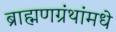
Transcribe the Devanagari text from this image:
ब्राह्मणग्रंथांमधे